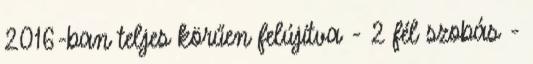
2016-ban teljes körűen felújítva - 2 fél szobás -